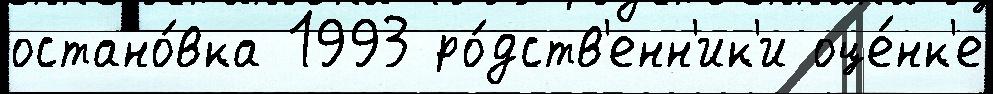
остано́вка 1993 ро́дств'енн'ик'и оце́нк'е